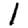
Digit: 1